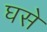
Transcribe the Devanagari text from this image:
घसे